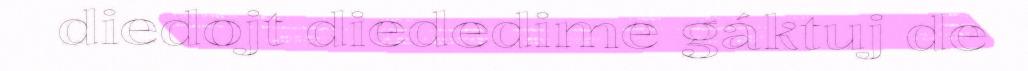
diedojt diededime gáktuj de